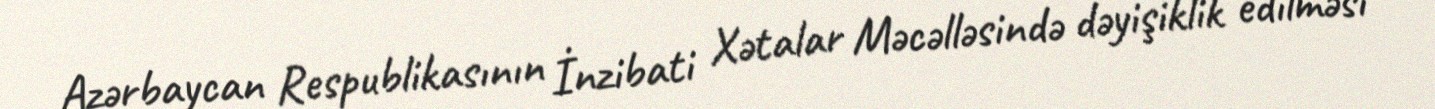
Azərbaycan Respublikasının İnzibati Xətalar Məcəlləsində dəyişiklik edilməsi